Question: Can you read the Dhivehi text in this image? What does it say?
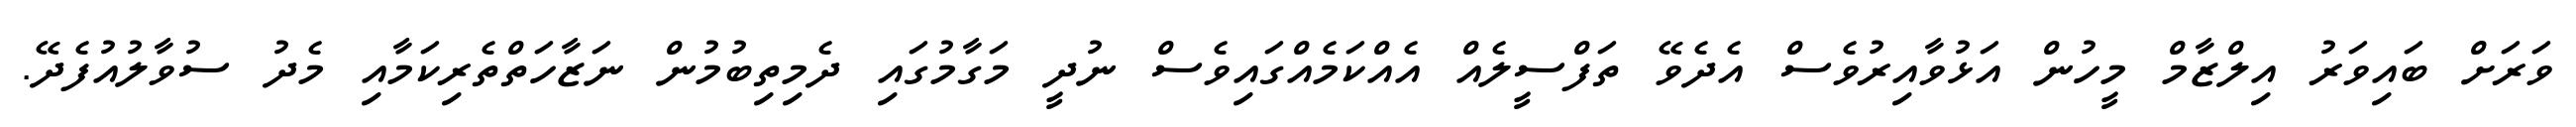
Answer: ވަރަށް ބައިވަރު އިލްޒާމް މީހުން އަޅުވާއިރުވެސް އެދެވޭ ތަފްސީލެއް އެއްކަމެއްގައިވެސް ނުދީ މަގާމުގައި ދެމިތިބުމުން ނަޒާހަތްތެރިކަމާއި މެދު ސުވާލުއުފެދޭ.